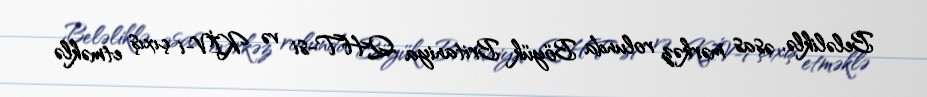
Beləliklə, əsas mərkəz rolunda Böyük Britaniya QHT-si və KİV-i çıxış etməklə